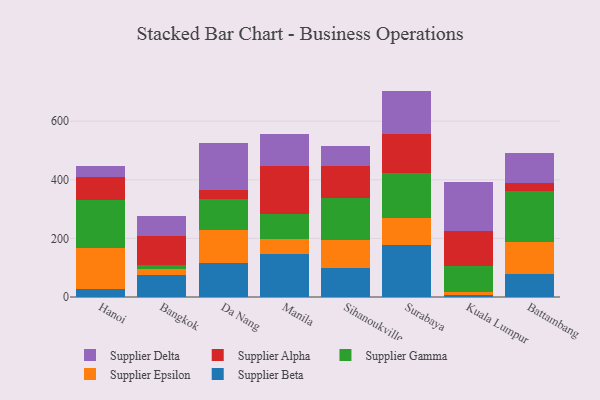
{"axis": {"x": "City", "y": "Population (Million)"}, "legend": ["Supplier Alpha", "Supplier Beta", "Supplier Delta", "Supplier Epsilon", "Supplier Gamma"], "data": [{"x": "Hanoi", "y": 26.5, "type": "Supplier Beta"}, {"x": "Hanoi", "y": 139.1, "type": "Supplier Epsilon"}, {"x": "Hanoi", "y": 166.2, "type": "Supplier Gamma"}, {"x": "Hanoi", "y": 78.7, "type": "Supplier Alpha"}, {"x": "Hanoi", "y": 37.8, "type": "Supplier Delta"}, {"x": "Bangkok", "y": 73.9, "type": "Supplier Beta"}, {"x": "Bangkok", "y": 20.7, "type": "Supplier Epsilon"}, {"x": "Bangkok", "y": 14.3, "type": "Supplier Gamma"}, {"x": "Bangkok", "y": 97.9, "type": "Supplier Alpha"}, {"x": "Bangkok", "y": 71.0, "type": "Supplier Delta"}, {"x": "Da Nang", "y": 117.6, "type": "Supplier Beta"}, {"x": "Da Nang", "y": 109.6, "type": "Supplier Epsilon"}, {"x": "Da Nang", "y": 107.5, "type": "Supplier Gamma"}, {"x": "Da Nang", "y": 29.4, "type": "Supplier Alpha"}, {"x": "Da Nang", "y": 162.1, "type": "Supplier Delta"}, {"x": "Manila", "y": 147.8, "type": "Supplier Beta"}, {"x": "Manila", "y": 49.6, "type": "Supplier Epsilon"}, {"x": "Manila", "y": 87.6, "type": "Supplier Gamma"}, {"x": "Manila", "y": 163.8, "type": "Supplier Alpha"}, {"x": "Manila", "y": 107.3, "type": "Supplier Delta"}, {"x": "Sihanoukville", "y": 98.1, "type": "Supplier Beta"}, {"x": "Sihanoukville", "y": 97.1, "type": "Supplier Epsilon"}, {"x": "Sihanoukville", "y": 143.9, "type": "Supplier Gamma"}, {"x": "Sihanoukville", "y": 108.3, "type": "Supplier Alpha"}, {"x": "Sihanoukville", "y": 67.7, "type": "Supplier Delta"}, {"x": "Surabaya", "y": 176.0, "type": "Supplier Beta"}, {"x": "Surabaya", "y": 95.0, "type": "Supplier Epsilon"}, {"x": "Surabaya", "y": 153.6, "type": "Supplier Gamma"}, {"x": "Surabaya", "y": 132.2, "type": "Supplier Alpha"}, {"x": "Surabaya", "y": 146.9, "type": "Supplier Delta"}, {"x": "Kuala Lumpur", "y": 6.4, "type": "Supplier Beta"}, {"x": "Kuala Lumpur", "y": 11.8, "type": "Supplier Epsilon"}, {"x": "Kuala Lumpur", "y": 88.5, "type": "Supplier Gamma"}, {"x": "Kuala Lumpur", "y": 120.1, "type": "Supplier Alpha"}, {"x": "Kuala Lumpur", "y": 165.8, "type": "Supplier Delta"}, {"x": "Battambang", "y": 77.0, "type": "Supplier Beta"}, {"x": "Battambang", "y": 110.5, "type": "Supplier Epsilon"}, {"x": "Battambang", "y": 173.7, "type": "Supplier Gamma"}, {"x": "Battambang", "y": 28.1, "type": "Supplier Alpha"}, {"x": "Battambang", "y": 100.8, "type": "Supplier Delta"}]}